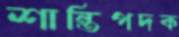
শান্তিপদক